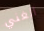
الغني